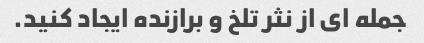
جمله ای از نثر تلخ و برازنده ایجاد کنید.